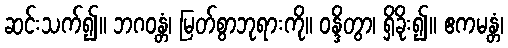
ဆင်းသက်၍။ ဘဂဝန္တံ၊ မြတ်စွာဘုရားကို။ ဝန္ဒိတွာ၊ ရှိခိုး၍။ ဧကမန္တံ၊